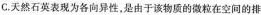
C.天然石英表现为各向异性，是由于该物质的微粒在空间的排